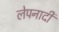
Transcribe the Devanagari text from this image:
लेपनादी